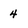
Character: 4